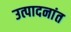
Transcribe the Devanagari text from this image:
उत्पादनांत